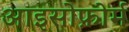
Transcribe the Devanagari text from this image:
आइसोफ़ोर्म